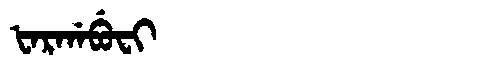
Manchu: ᡶᠠᡵᡤᠠᠪᡠᠸᡳ
Romanization: FARGABUFI